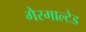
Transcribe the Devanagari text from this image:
गैरमाल्टेड